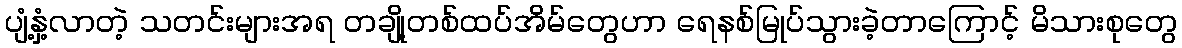
ပျံ့နှံ့လာတဲ့ သတင်းများအရ တချို့တစ်ထပ်အိမ်တွေဟာ ရေနစ်မြုပ်သွားခဲ့တာကြောင့် မိသားစုတွေ